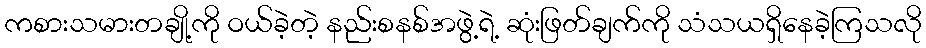
ကစားသမားတချို့ကို ဝယ်ခဲ့တဲ့ နည်းစနစ်အဖွဲ့ရဲ့ ဆုံးဖြတ်ချက်ကို သံသယရှိနေခဲ့ကြသလို